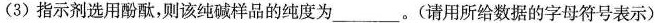
(3)指示剂选用酚酞，则该纯碱样品的纯度为___。(请用所给数据的字母符号表示)